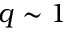
q \sim 1